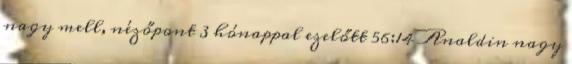
nagy mell, nézőpont 3 hónappal ezelőtt 56:14 Analdin nagy